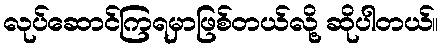
လုပ်ဆောင်ကြရမှာဖြစ်တယ်လို့ ဆိုပါတယ်။